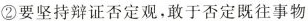
②要坚持辩证否定观，敢于否定既往事物